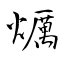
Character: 爄